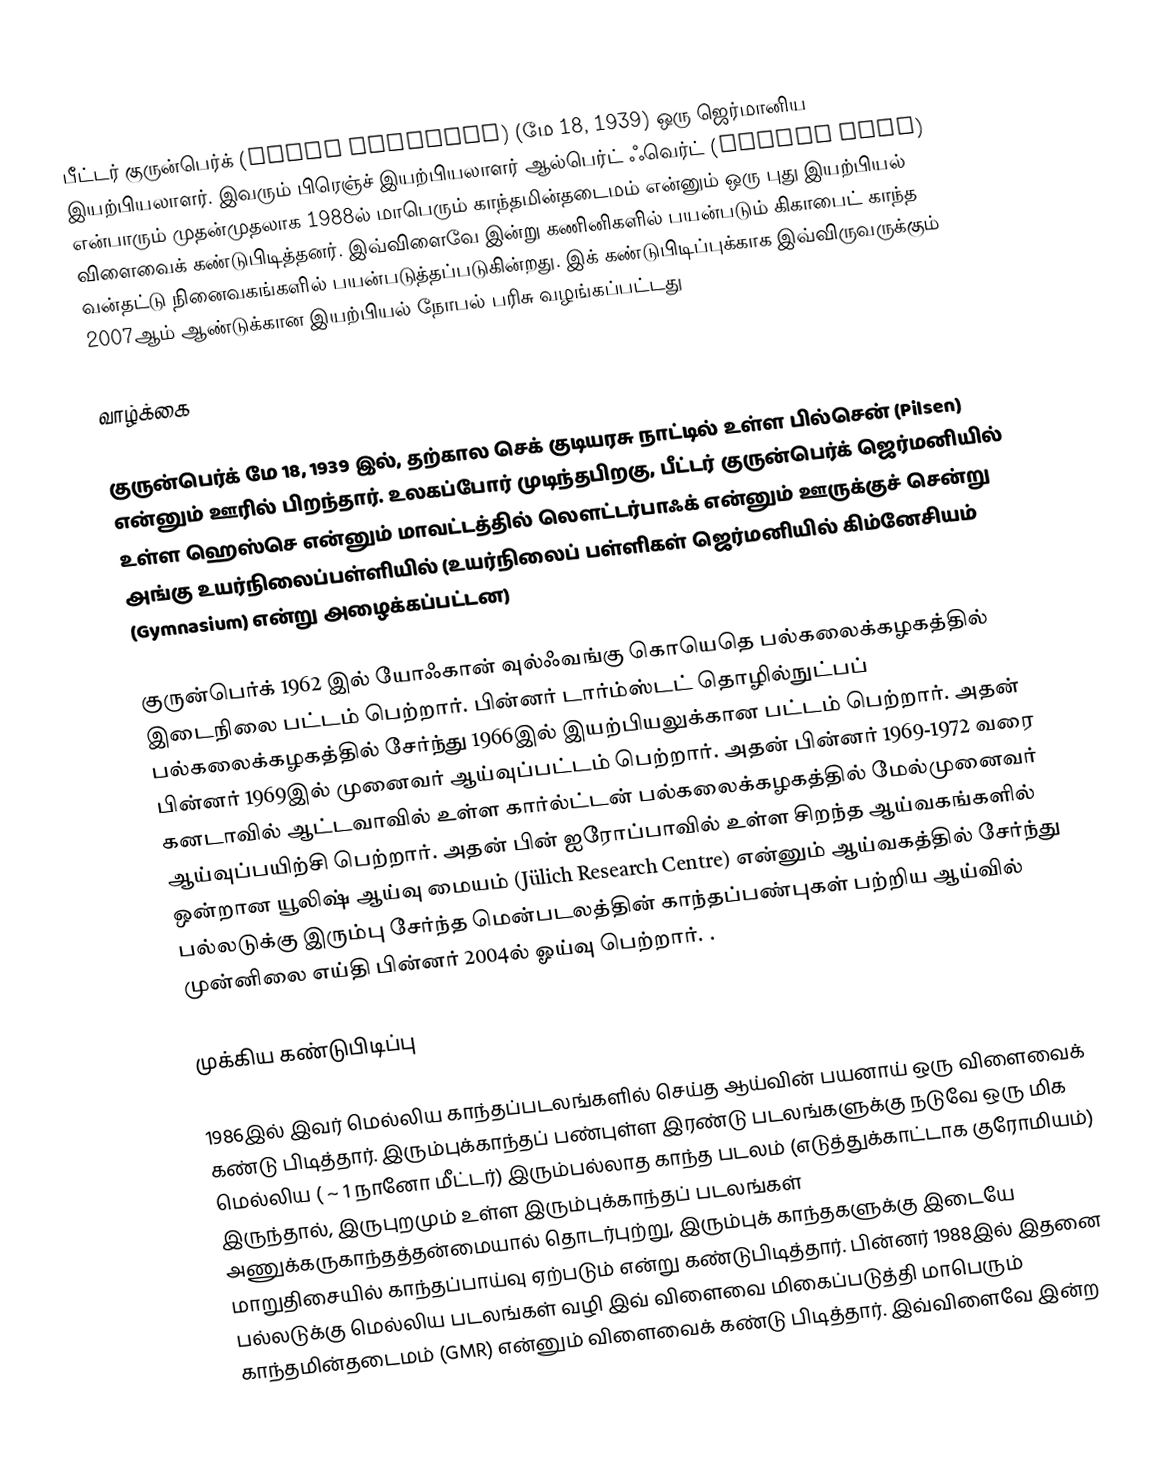
பீட்டர் குருன்பெர்க் (Peter Grünberg)  (மே 18, 1939) ஒரு ஜெர்மானிய இயற்பியலாளர். இவரும் பிரெஞ்ச் இயற்பியலாளர் ஆல்பெர்ட் ஃவெர்ட் (Albert Fert) என்பாரும் முதன்முதலாக 1988ல் மாபெரும் காந்தமின்தடைமம் என்னும் ஒரு புது இயற்பியல் விளைவைக் கண்டுபிடித்தனர். இவ்விளைவே இன்று கணினிகளில் பயன்படும் கிகாபைட் காந்த வன்தட்டு நினைவகங்களில் பயன்படுத்தப்படுகின்றது.  இக் கண்டுபிடிப்புக்காக இவ்விருவருக்கும் 2007ஆம் ஆண்டுக்கான இயற்பியல் நோபல் பரிசு வழங்கப்பட்டது

வாழ்க்கை

குருன்பெர்க் மே 18, 1939 இல், தற்கால செக் குடியரசு நாட்டில் உள்ள பில்சென் (Pilsen) என்னும் ஊரில் பிறந்தார். உலகப்போர் முடிந்தபிறகு, பீட்டர் குருன்பெர்க் ஜெர்மனியில் உள்ள ஹெஸ்செ என்னும் மாவட்டத்தில் லௌட்டர்பாஃக் என்னும் ஊருக்குச் சென்று அங்கு உயர்நிலைப்பள்ளியில் (உயர்நிலைப் பள்ளிகள் ஜெர்மனியில் கிம்னேசியம் (Gymnasium) என்று அழைக்கப்பட்டன)

குருன்பெர்க் 1962 இல் யோஃகான் வுல்ஃவங்கு கொயெதெ பல்கலைக்கழகத்தில் இடைநிலை பட்டம் பெற்றார். பின்னர் டார்ம்ஸ்டட் தொழில்நுட்பப் பல்கலைக்கழகத்தில் சேர்ந்து 1966இல் இயற்பியலுக்கான பட்டம் பெற்றார். அதன் பின்னர் 1969இல் முனைவர் ஆய்வுப்பட்டம் பெற்றார். அதன் பின்னர் 1969-1972 வரை கனடாவில் ஆட்டவாவில் உள்ள கார்ல்ட்டன் பல்கலைக்கழகத்தில் மேல்முனைவர் ஆய்வுப்பயிற்சி பெற்றார். அதன் பின் ஐரோப்பாவில் உள்ள சிறந்த ஆய்வகங்களில் ஒன்றான யூலிஷ் ஆய்வு மையம் (Jülich Research Centre) என்னும் ஆய்வகத்தில் சேர்ந்து பல்லடுக்கு இரும்பு சேர்ந்த மென்படலத்தின் காந்தப்பண்புகள் பற்றிய ஆய்வில் முன்னிலை எய்தி பின்னர் 2004ல் ஓய்வு பெற்றார். .

முக்கிய கண்டுபிடிப்பு

1986இல் இவர் மெல்லிய காந்தப்படலங்களில் செய்த ஆய்வின் பயனாய் ஒரு விளைவைக் கண்டு பிடித்தார். இரும்புக்காந்தப் பண்புள்ள இரண்டு படலங்களுக்கு நடுவே ஒரு மிக மெல்லிய ( ~ 1 நானோ மீட்டர்) இரும்பல்லாத காந்த படலம் (எடுத்துக்காட்டாக குரோமியம்) இருந்தால், இருபுறமும் உள்ள இரும்புக்காந்தப் படலங்கள் அணுக்கருகாந்தத்தன்மையால் தொடர்புற்று, இரும்புக் காந்தகளுக்கு இடையே மாறுதிசையில் காந்தப்பாய்வு ஏற்படும் என்று கண்டுபிடித்தார். பின்னர் 1988இல் இதனை பல்லடுக்கு மெல்லிய படலங்கள் வழி இவ் விளைவை மிகைப்படுத்தி மாபெரும் காந்தமின்தடைமம் (GMR) என்னும் விளைவைக் கண்டு பிடித்தார். இவ்விளைவே இன்ற